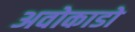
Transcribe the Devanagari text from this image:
अवोकाडो